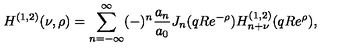
H ^ { ( 1 , 2 ) } ( \nu , \rho ) = \sum _ { n = - \infty } ^ { \infty } ( - ) ^ { n } { \frac { a _ { n } } { a _ { 0 } } } J _ { n } ( q R e ^ { - \rho } ) H _ { n + \nu } ^ { ( 1 , 2 ) } ( q R e ^ { \rho } ) ,